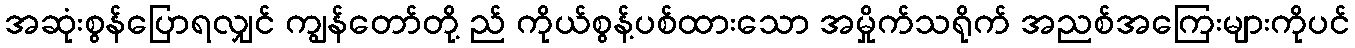
အဆုံးစွန်ပြောရလျှင် ကျွန်တော်တို့ ည် ကိုယ်စွန့်ပစ်ထားသော အမှိုက်သရိုက် အညစ်အကြေးများကိုပင်